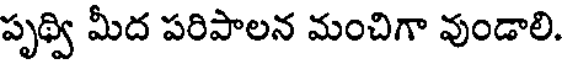
పృథ్వి మీద పరిపాలన మంచిగా వుండాలి.